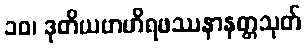
၁၀၊ ဒုတိယဗာဟိရဖဿနာနတ္တသုတ်